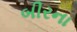
બીરના